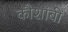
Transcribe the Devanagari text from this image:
कौशांबीं